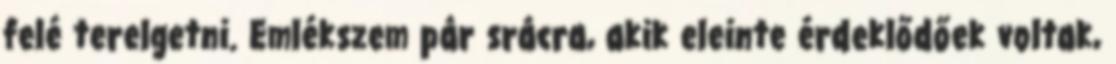
felé terelgetni. Emlékszem pár srácra, akik eleinte érdeklődőek voltak,